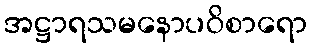
အဋ္ဌာရသမနောပဝိစာရော